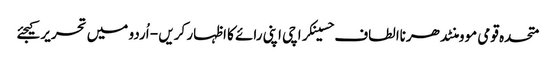
متحدہ قومی موومنٹدھرناالطاف حسینکراچی اپنی رائے کا اظہار کریں - اُردو میں تحریر کیجئے